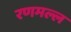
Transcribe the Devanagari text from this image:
रणमल्ल